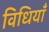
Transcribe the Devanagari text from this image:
विधियाँं